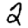
Digit: 2